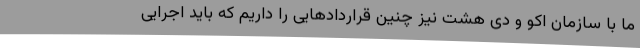
ما با سازمان اکو و دی هشت نیز چنین قراردادهایی را داریم که باید اجرایی